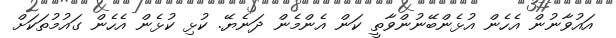
އައުވާނުން އެހެން އުޅެންބޭނުންވާތީ ކަން އެންމެން ދަނެޔޭ. ކުޅި ކުޅެން އެހެން ގައުމުތަކަށް